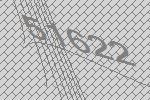
51622